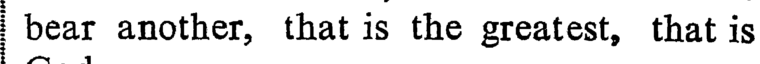
bear another, that is the greatest, that is